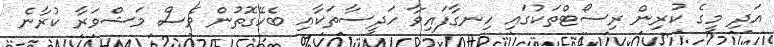
އަދި މީގެ ކުރިން ރިސޯޓްތަކުގައި ހިނގާފައިވާ ހަދީސާތަކާއި ބެހޭގޮތުން ވެސް މަޝްވަރާ ކުރާނެ